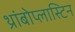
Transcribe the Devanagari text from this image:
थ्रांबोप्लास्टिन